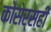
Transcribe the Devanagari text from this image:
कोसेर्सही